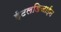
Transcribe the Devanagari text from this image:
ईटलडिजाईन